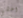
اخشي